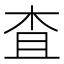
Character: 査